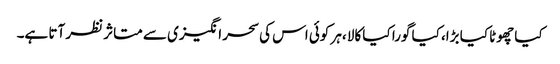
کیا چھوٹا کیا بڑا، کیا گورا کیا کالا ،ہر کوئی اس کی سحر انگیزی سے متاثر نظر آتا ہے۔